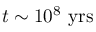
t \sim 1 0 ^ { 8 } ~ \mathrm { y r s }